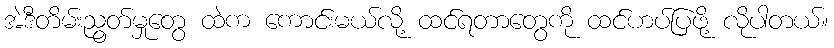
အဲဒီတိမ်းညွတ်မှုတွေ ထဲက ကောင်းမယ်လို့ ထင်ရတာတွေကို ထင်ဟပ်ပြဖို့ လိုပါတယ်။